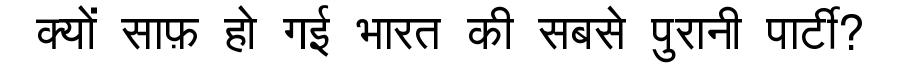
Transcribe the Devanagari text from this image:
क्यों साफ़ हो गई भारत की सबसे पुरानी पार्टी?